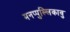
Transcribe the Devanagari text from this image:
मनप्पुल्लिकावु